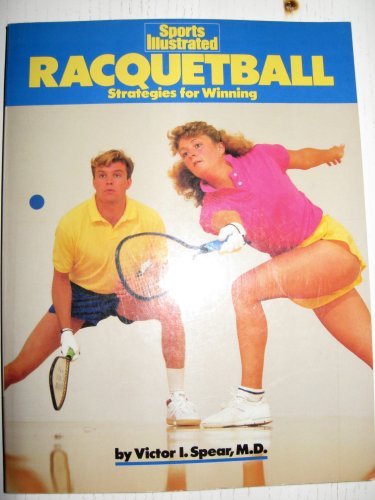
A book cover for Racquetball: Strategies for Winning (Sports Illustrated); Victor I. Spear; Sports & Outdoors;